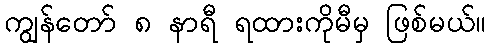
ကျွန်တော် ၈ နာရီ ရထားကိုမီမှ ဖြစ်မယ်။